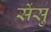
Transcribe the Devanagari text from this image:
सेंसु